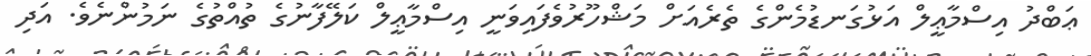
ޢަބްދު އިސްމާޢީލް އަޅުގަނޑުމެންގެ ތެރެއަށް މަޝްހޫރުވެފައިވަނީ އިސްމާޢީލް ކަލޭފާނުގެ ތުއްތުގެ ނަމުންނެވެ. އަދި